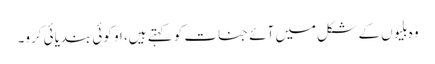
وہ بلیوں کے شکل میں آئے جنات کو کہتے ہیں، او کوئی بندیائی کرو۔